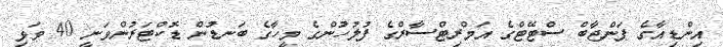
އިންޑިއާގެ ޕަންޖާބް ސްޓޭޓްގެ އަމްރިޓްސާރްގެ ފުލުހުންގެ މީހާގެ ބަނޑުން ޑޮކްޓަރުންވަނީ 40 ވަޅި